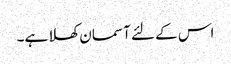
اس کے لئے آسمان کھلا ہے۔